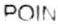
POIN